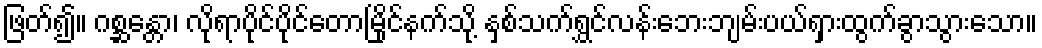
ဖြတ်၍။ ဂစ္ဆန္တော၊ လိုရာပိုင်ပိုင်တောမြိုင်နက်သို့ နှစ်သက်ရွှင်လန်းဘေးဘျမ်းပယ်ရှားထွက်ခွာသွားသော။